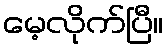
မေ့လိုက်ပြီ။